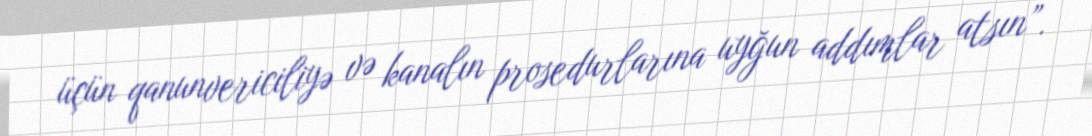
üçün qanunvericiliyə və kanalın prosedurlarına uyğun addımlar atsın”.